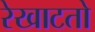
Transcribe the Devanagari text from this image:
रेखाटतो